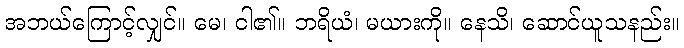
အဘယ်ကြောင့်လျှင်။ မေ၊ ငါ၏။ ဘရိယံ၊ မယားကို။ နေသိ၊ ဆောင်ယူသနည်း။